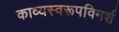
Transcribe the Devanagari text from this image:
काव्यस्वरूपविमर्श